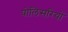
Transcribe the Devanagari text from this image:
पोलिसरियों